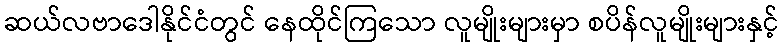
ဆယ်လဗာဒေါနိုင်ငံတွင် နေထိုင်ကြသော လူမျိုးများမှာ စပိန်လူမျိုးများနှင့်